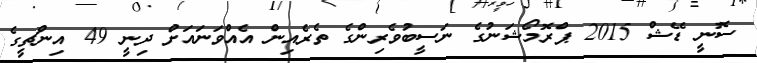
ސޮނީ ޑޭޝް 2015 ޕްރޮމޯޝަނުގެ ނަސީބުވެރިންގެ ތެރެއިން އެއްވަނައަށް ދިނީ 49 އިންޗީގެ